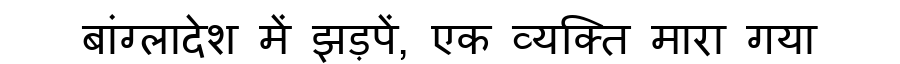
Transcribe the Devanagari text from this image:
बांग्लादेश में झड़पें, एक व्यक्ति मारा गया